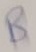
Text: B